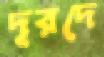
দূরদে